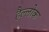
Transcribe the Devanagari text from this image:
हैल्लोक